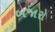
બજારો